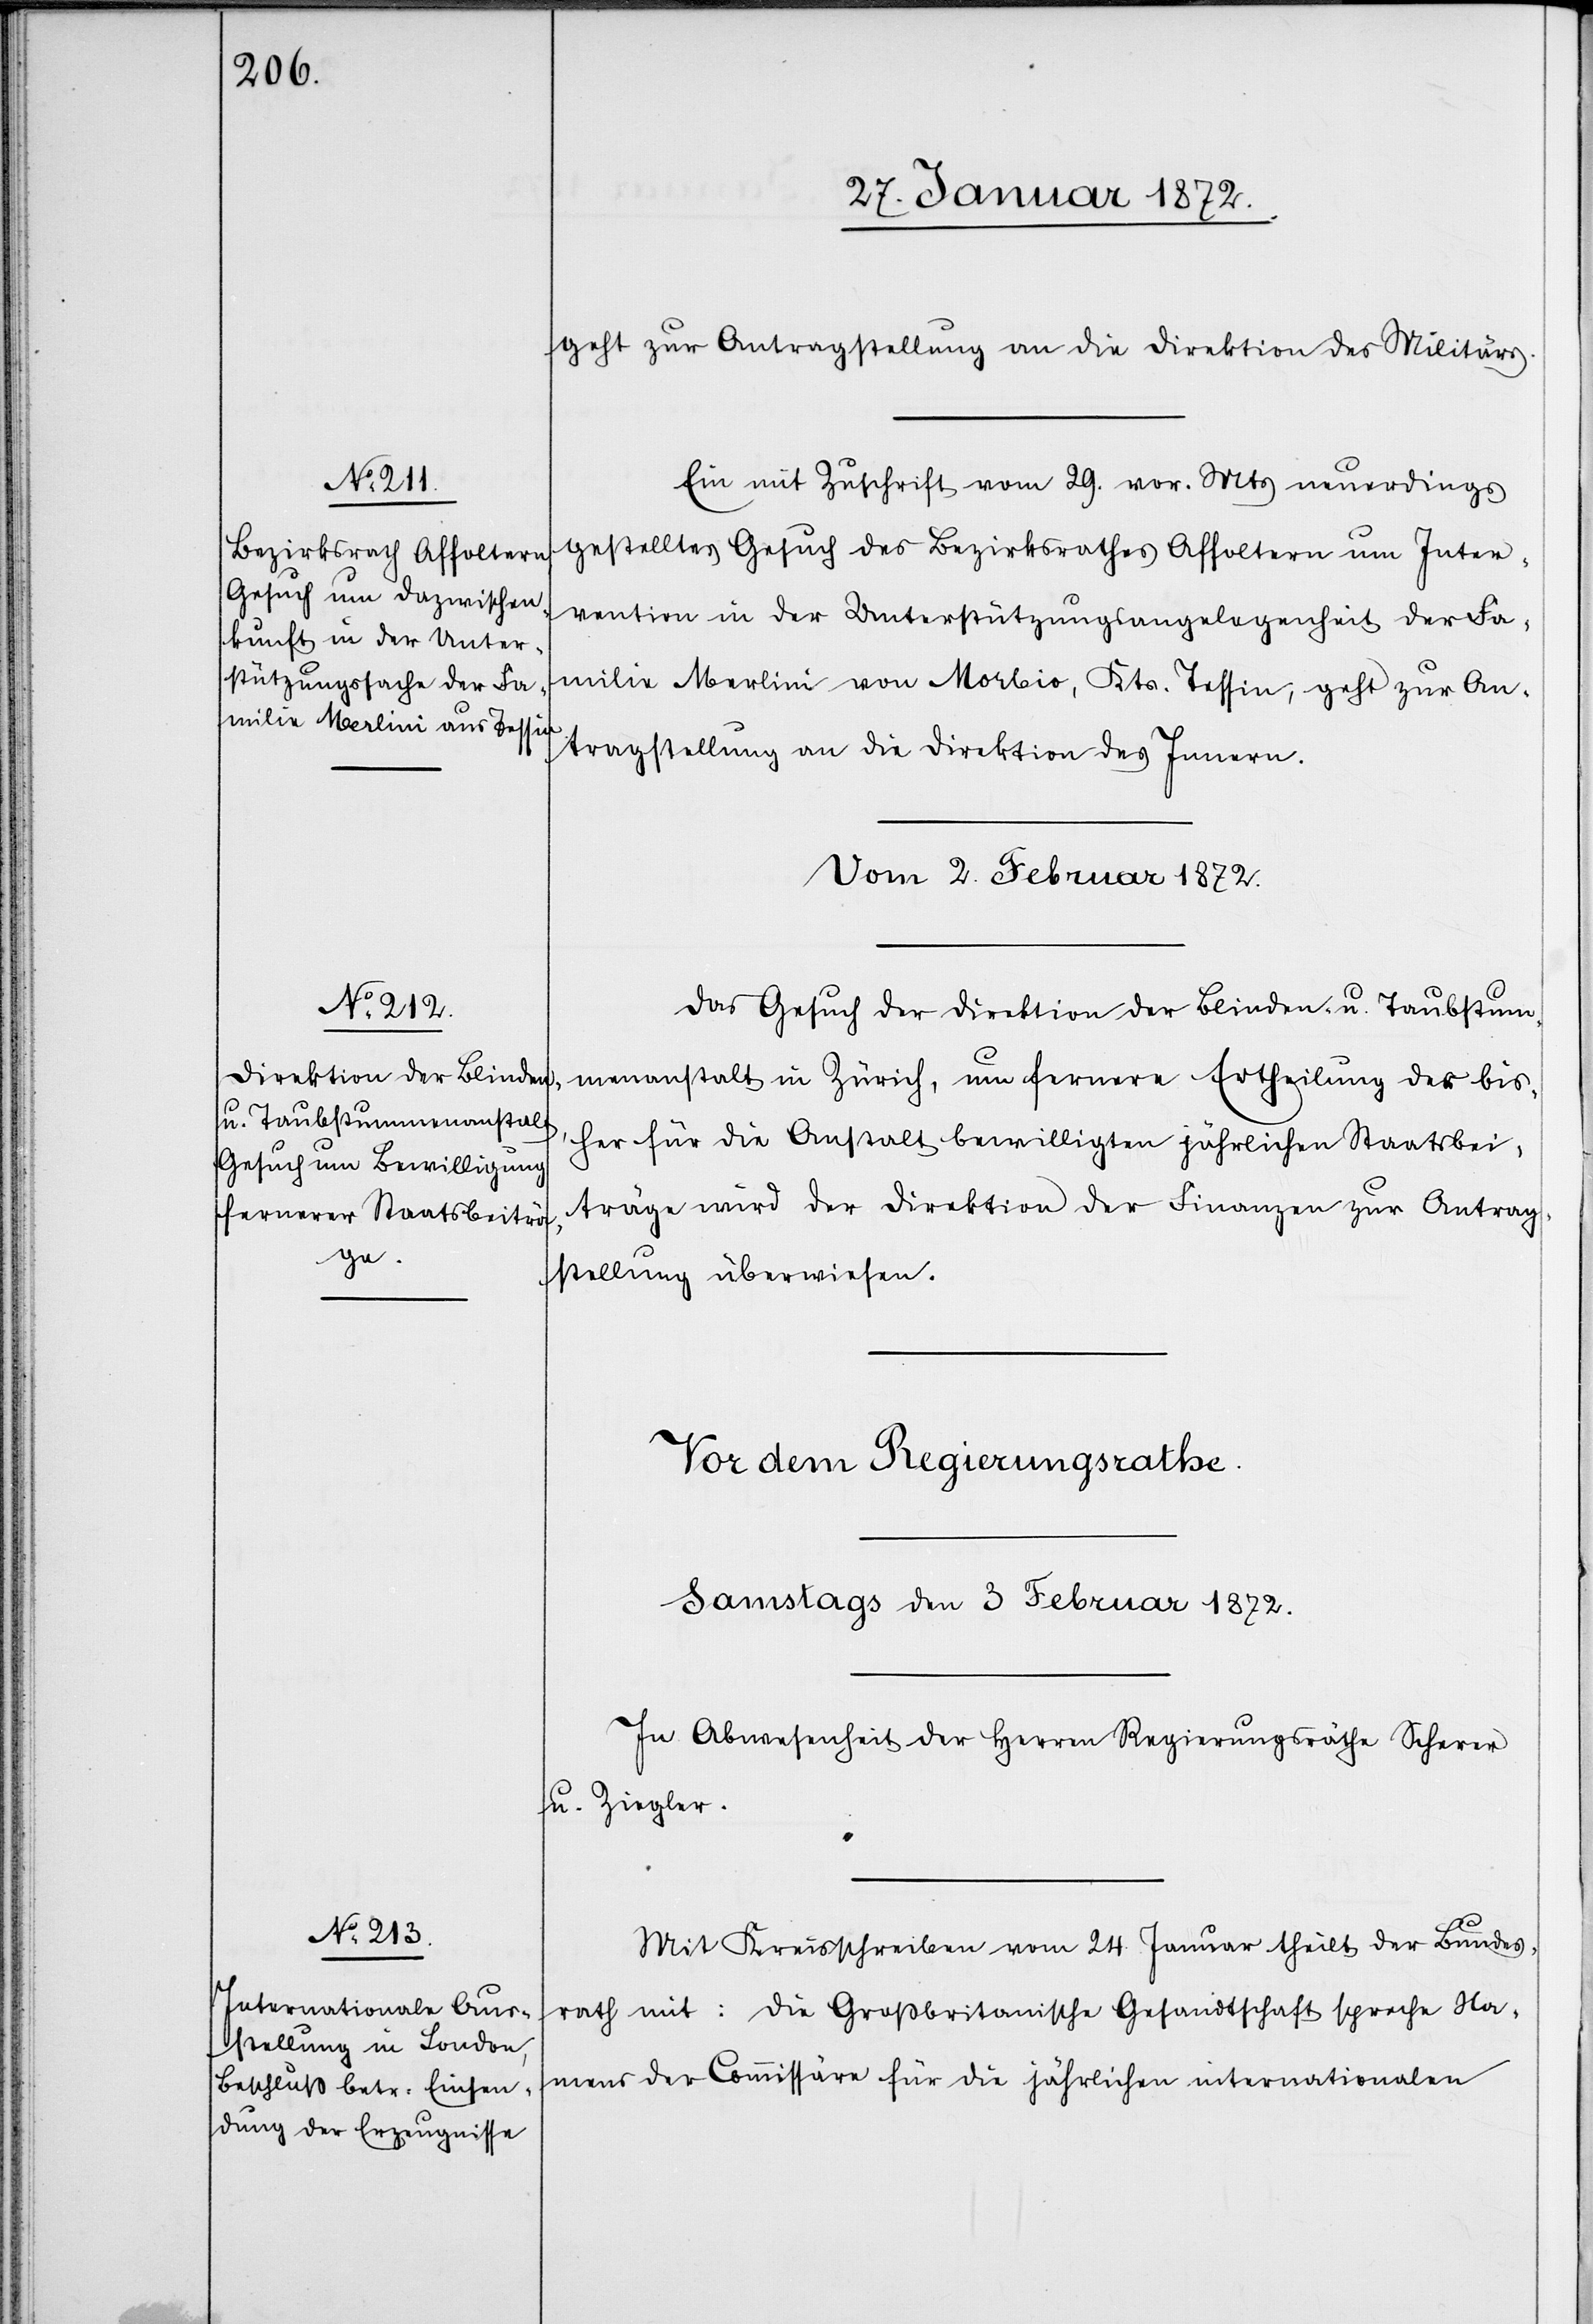
geht zur Antragsstellung an die Direktion des Militärs.
Ein mit Zuschrift vom 29. vor. Mts neuerdings
gestelltes Gesuch des Bezirksrathes Affoltern um Inter¬
vention in der Unterstützungsangelegenheit der Fa¬
milie Merlini von Morbio, Kts. Tessin, geht zur An¬
tragsstellung an die Direktion des Innern.
Vom 2. Februar 1872.
Das Gesuch der Direktion der Blinden- u. Taubstum¬
menanstalt in Zürich, um fernere Ertheilung der bis¬
her für die Anstalt bewilligten jährlichen Staatsbei¬
träge wird der Direktion der Finanzen zur Antrag¬
sstellung überwiesen.
Mit Kreisschreiben vom 24. Januar theilt der Bundes¬
rath mit: die Großbritanische Gesandtschaft spreche Na¬
mens der Commissäre für die jährliche internationalen